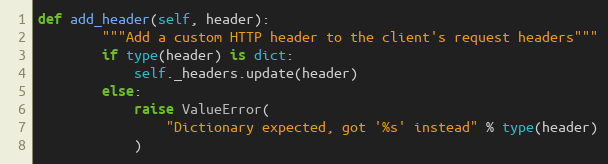
Language: Python
def add_header(self, header):
        """Add a custom HTTP header to the client's request headers"""
        if type(header) is dict:
            self._headers.update(header)
        else:
            raise ValueError(
                "Dictionary expected, got '%s' instead" % type(header)
            )